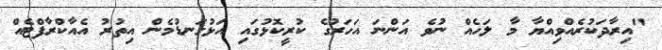
"އިރާދަކުރެއްވިއްޔާ މާ ލަހެއް ނުވެ އަންނަ އަހަރުގެ ކުރީކޮޅުގައި އަޅުގަނޑުމެން އިތުރު އެއާކްރާފްޓެއް